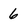
Character: 6